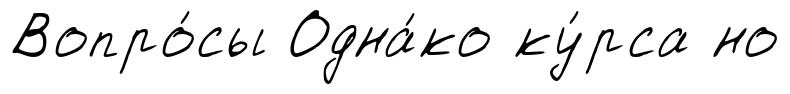
Вопро́сы Одна́ко ку́рса но